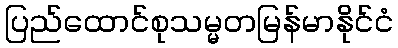
ပြည်ထောင်စုသမ္မတမြန်မာနိုင်ငံ